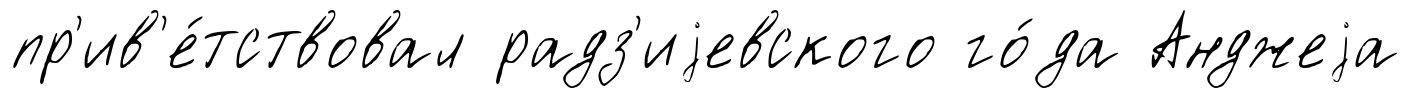
пр'ив'е́тствовал радз'иjевского го́да Анджеjа